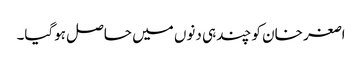
اصغر خان کو چند ہی دنوں میں حاصل ہوگیا۔